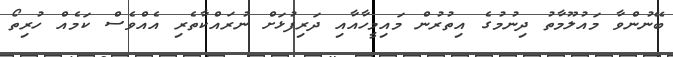
ބޭނުންވާ މައުލޫމާތު ދިނުމުގެ އިތުރުން މައިމީހާއާއި ދަރިފުޅަށް ނުރައްކާތެރި އެއްވެސް ކަމެއް ހުރިތޯ